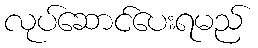
လုပ်ဆောင်ပေးရမည်